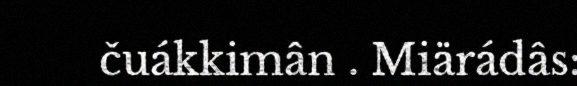
čuákkimân . Miärádâs: